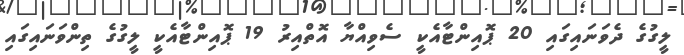
ލީގުގެ ދެވަނައިގައި 20 ޕޮއިންޓާއެކީ ސެވިއްޔާ އޮތްއިރު 19 ޕޮއިންޓާއެކީ ލީގުގެ ތިންވަނައިގައި